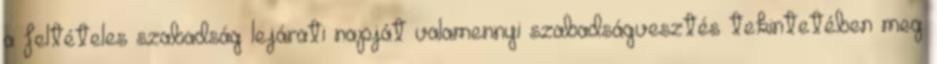
a feltételes szabadság lejárati napját valamennyi szabadságvesztés tekintetében meg